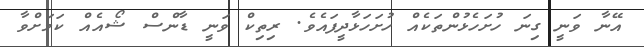
އޭނާ ވަނީ ގިނަ ހުށަހެޅުންތަކެއް ހުށަހަޅާދީފައެވެ. ރިތިކް ވަނީ ޑާންސް ޝޯއެއް ކަމަށްވާ